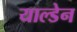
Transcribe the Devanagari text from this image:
याल्डेन